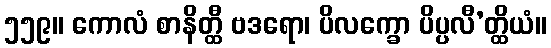
၅၅၉။ ကောလံ စာနိတ္ထီ ဗဒရော၊ ပိလက္ခော ပိပ္ပလီ’တ္ထိယံ။